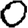
Digit: 0